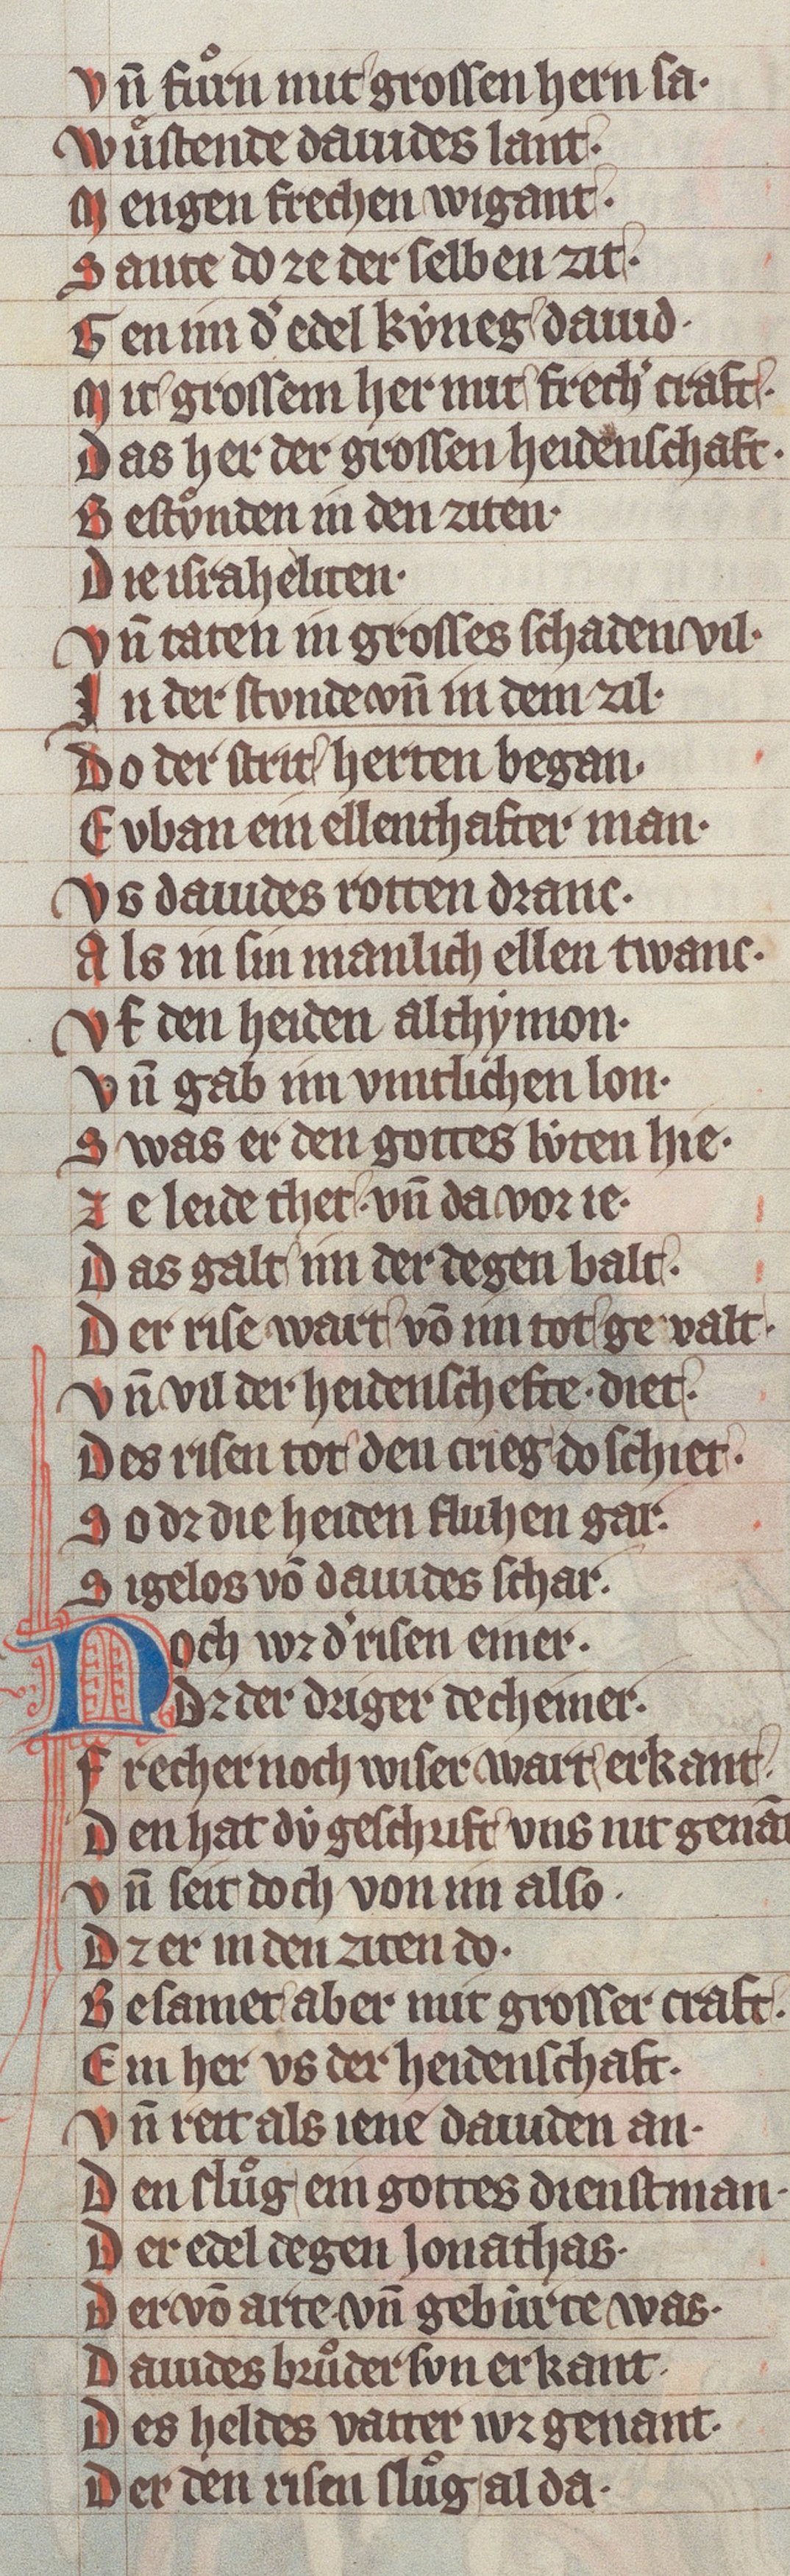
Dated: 1340–1350